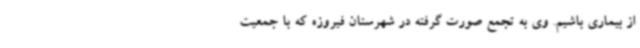
از بیماری باشیم. وی به تجمع صورت گرفته در شهرستان فیروزه که با جمعیت